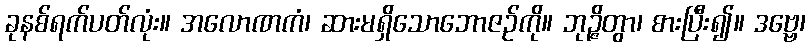
ခုနစ်ရက်ပတ်လုံး။ အလောဏကံ၊ ဆားမရှိသောဘောဇဉ်ကို။ ဘုဉ္ဇိတွာ၊ စားပြီး၍။ ဒဗ္ဗေ၊